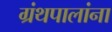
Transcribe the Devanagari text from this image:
ग्रंथपालांना